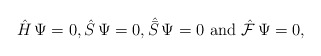
\begin{align*}\hat H \, \Psi =0, \hat S \, \Psi =0, {\hat{\bar{S}}}\, \Psi = 0 \,\, {\rm and} \,\,\hat{\cal F} \, \Psi =0 ,\end{align*}